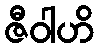
ဇီဝါဟိ